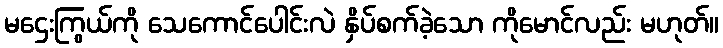
မဌေးကြွယ်ကို သေကောင်ပေါင်းလဲ နှိပ်စက်ခဲ့သော ကိုမောင်လည်း မဟုတ်။